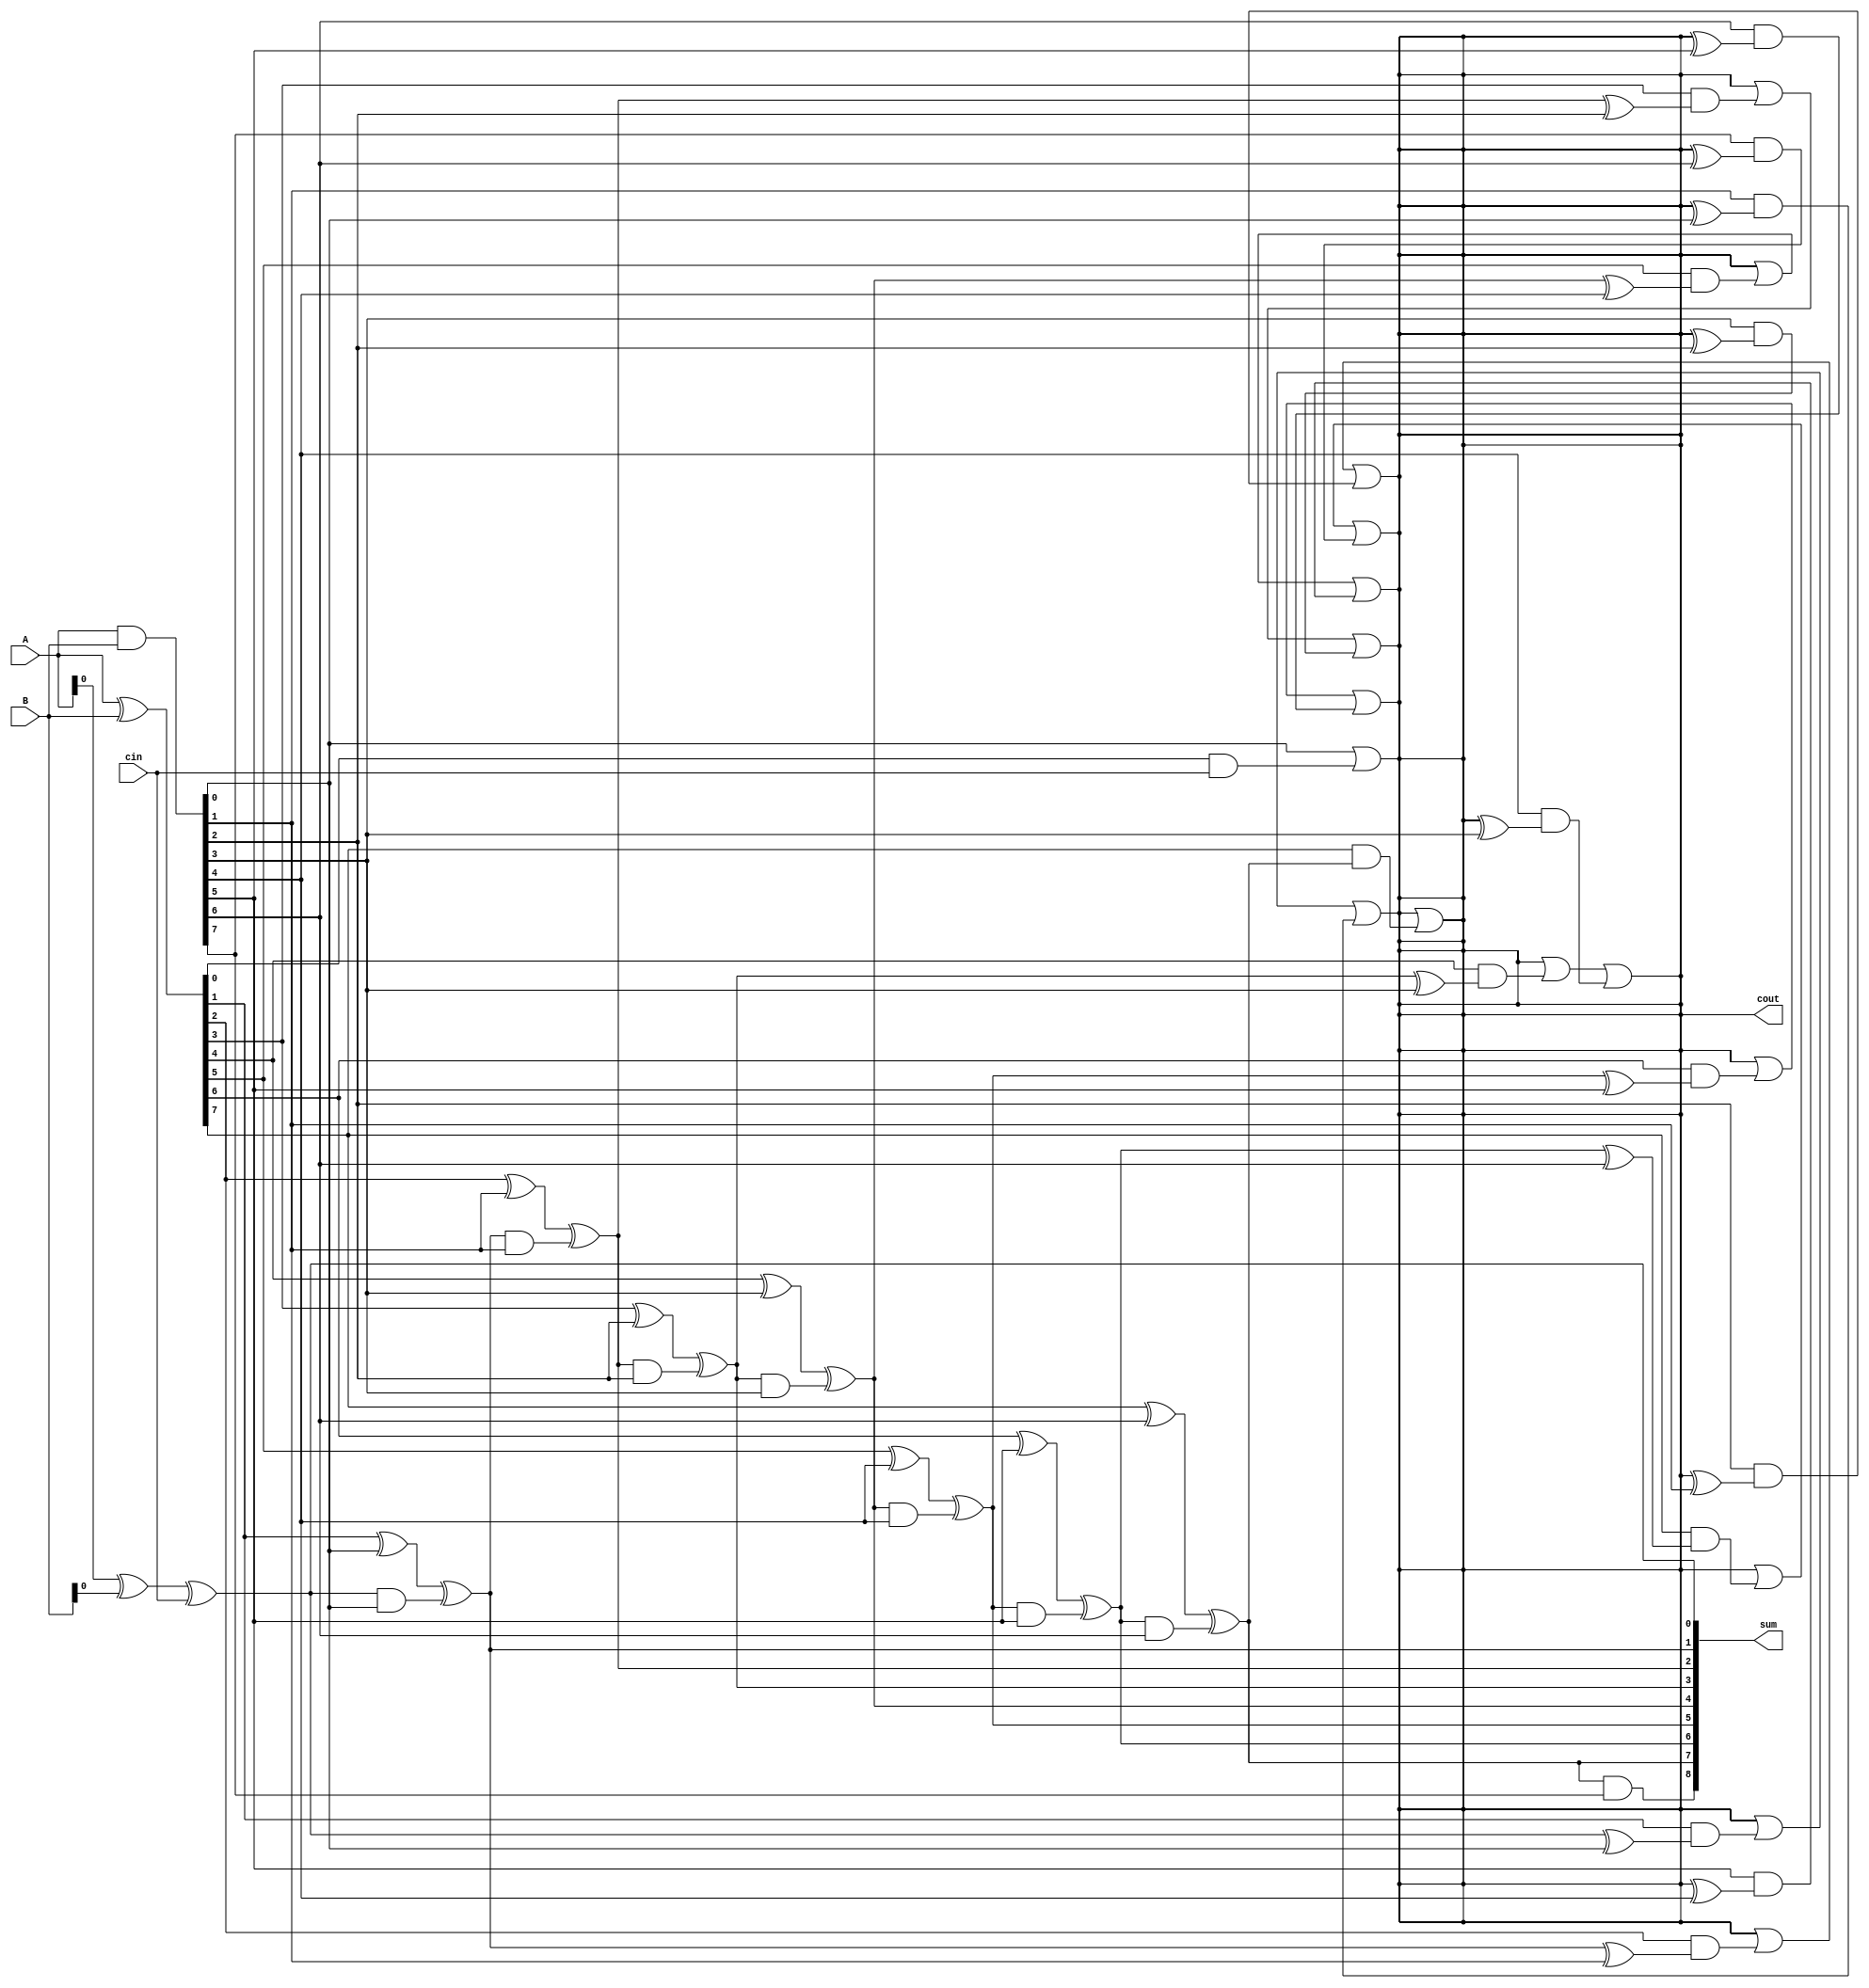
module Kogge_Stone_Adder (
    input [7:0] A,
    input [7:0] B,
    input cin,
    output [8:0] sum,
    output cout
);

wire [7:0] P, G;

assign P = A ^ B;
assign G = A & B;

assign sum[0] = A[0] ^ B[0] ^ cin;
assign cout = G[0] | (P[0] & cin);

genvar i;
generate
    for (i = 1; i <= 7; i = i + 1) begin
        assign sum[i] = P[i] ^ G[i-1] ^ (sum[i-1] & G[i-1]);
        assign cout = cout | (P[i] & (sum[i-1] ^ G[i-1])) | (G[i] & (cout^G[i-1]));
    end
endgenerate

assign sum[8] = sum[7] & G[7];
assign cout = cout | (P[7] & sum[7]);

endmodule